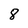
Character: 8